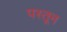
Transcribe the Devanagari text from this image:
पस्तून